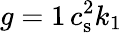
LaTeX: g=1\, c_{\mathrm{s}}^{2}k_{1}